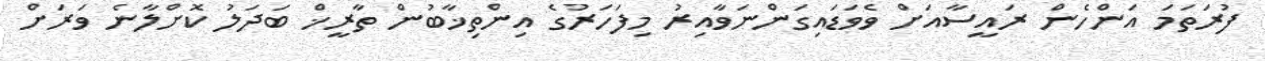
ފުރަތަމަ އަންހެން ރައީސާއަށް ވެވަޑައިގަންނަވާއިރު މިފަހަރުގެ އިންތިޚާބުން ތާރީޚް ބަދަލު ކޮށްލާނެ ވަރަށް